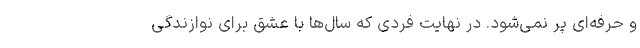
و حرفه‌ای پر نمی‌شود. در نهایت فردی که سال‌ها با عشق برای نوازندگی